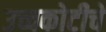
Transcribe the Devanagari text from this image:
उच्चकोटीचे